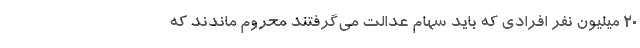
20 میلیون نفر افرادی که باید سهام عدالت می‌گرفتند محروم ماندند که